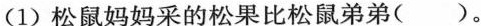
(1)松鼠妈妈采的松果比松鼠弟弟( )。